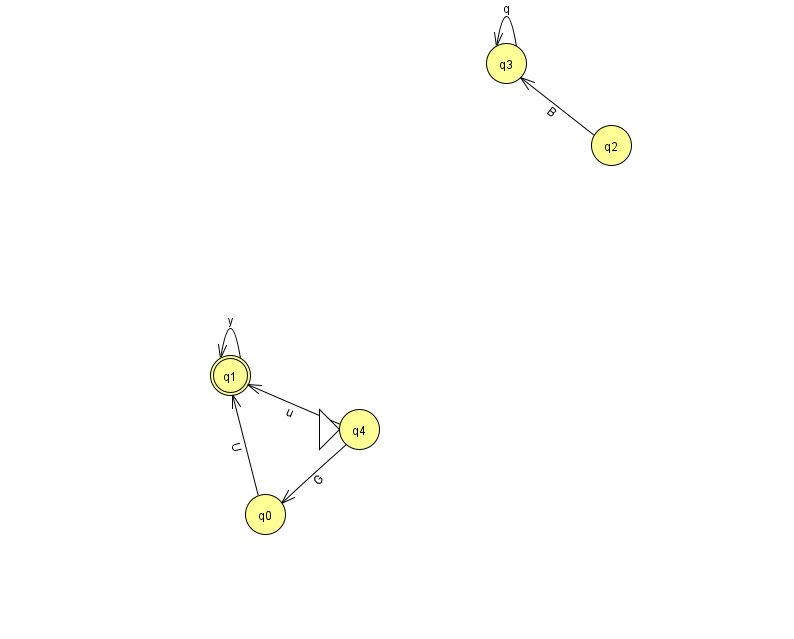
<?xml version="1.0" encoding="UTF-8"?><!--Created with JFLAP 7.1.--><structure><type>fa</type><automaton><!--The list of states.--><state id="0" name="q0"><x>265.0</x><y>501.0</y></state><state id="1" name="q1"><x>230.0</x><y>362.0</y><final/></state><state id="2" name="q2"><x>611.0</x><y>132.0</y></state><state id="3" name="q3"><x>506.0</x><y>50.0</y></state><state id="4" name="q4"><x>359.0</x><y>416.0</y><initial/></state><!--The list of transitions.--><transition><from>2</from><to>3</to><read>B</read></transition><transition><from>3</from><to>3</to><read>q</read></transition><transition><from>4</from><to>0</to><read>G</read></transition><transition><from>4</from><to>1</to><read>u</read></transition><transition><from>1</from><to>1</to><read>y</read></transition><transition><from>0</from><to>1</to><read>U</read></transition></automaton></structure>